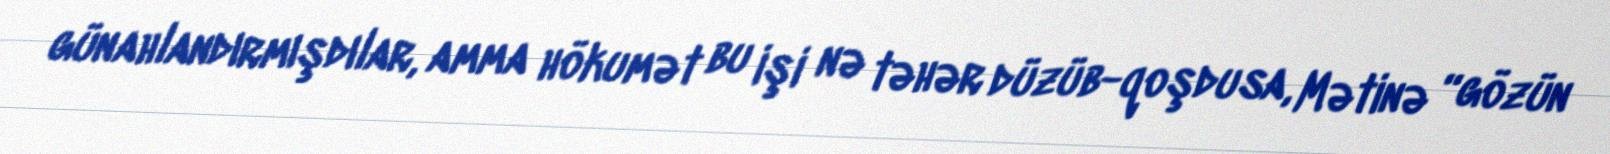
günahlandırmışdılar, amma hökumət bu işi nə təhər düzüb-qoşdusa, Mətinə “gözün